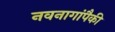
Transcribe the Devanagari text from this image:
नवनागांपैकी